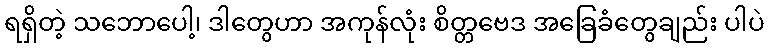
ရရှိတဲ့ သဘောပေါ့၊ ဒါတွေဟာ အကုန်လုံး စိတ္တဗေဒ အခြေခံတွေချည်း ပါပဲ